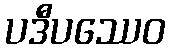
ပဒီပဿေဝ